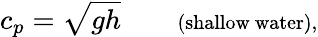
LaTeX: c_{p}={\sqrt{gh}}\qquad\scriptstyle{\mathrm{(shallow~water),}}